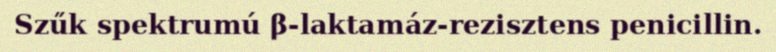
Szűk spektrumú β-laktamáz-rezisztens penicillin.